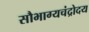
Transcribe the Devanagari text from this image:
सौभाग्यचंद्रोदय